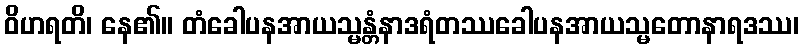
ဝိဟရတိ၊ နေ၏။ တံခေါပနအာယသ္မန္တံနာဒရံတဿခေါပနအာယသ္မတောနာရဒဿ၊